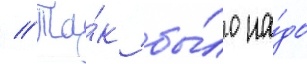
// Та́к бы́ло на́до